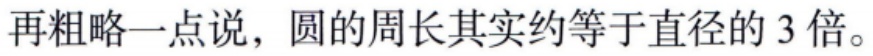
再粗略一点说，圆的周长其实约等于直径的 3 倍。